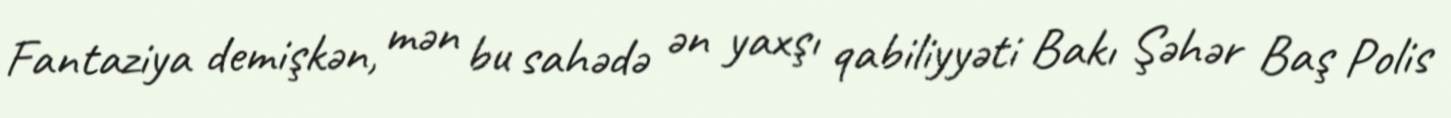
Fantaziya demişkən, mən bu sahədə ən yaxşı qabiliyyəti Bakı Şəhər Baş Polis